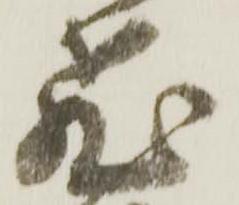
飛